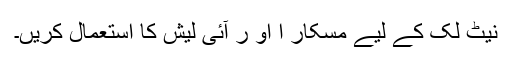
نیٹ لک کے لیے مسکار ا او ر آئی لیش کا استعمال کریں۔